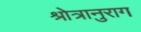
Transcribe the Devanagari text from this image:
श्रोत्रानुराग